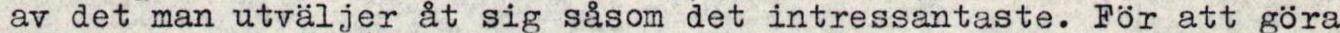
av det man utväljer åt sig såsom det intressantaste. För att göra